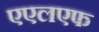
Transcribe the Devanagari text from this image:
एएलएफ